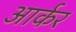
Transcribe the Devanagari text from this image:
आर्कर